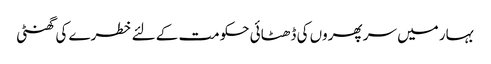
بہار میں سر پھروں کی ڈھٹائی حکومت کے لئے خطرے کی گھنٹی